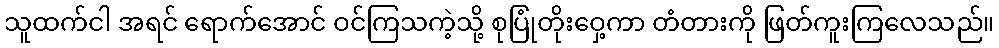
သူထက်ငါ အရင် ရောက်အောင် ဝင်ကြသကဲ့သို့ စုပြုံတိုးဝှေ့ကာ တံတားကို ဖြတ်ကူးကြလေသည်။